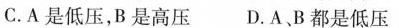
C.A是低压，B是高压 D.A、B都是低压